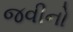
જવીનો